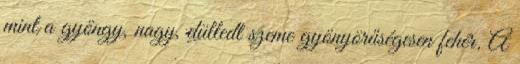
mint a gyöngy, nagy, dülledt szeme gyönyörűségesen fehér. A